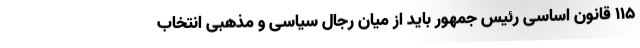
۱۱۵ قانون اساسی رئیس جمهور باید از میان رجال سیاسی و مذهبی انتخاب